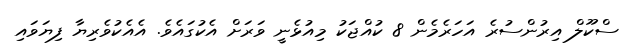
ސްކޫލް އިރުންސުރެ އަހަރެމެން 8 ކުއްޖަކު މިއުޅެނީ ވަރަށް އެކުގައެވެ. އެއެކުވެރިޔާ ފިޔަވައި